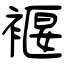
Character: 褗